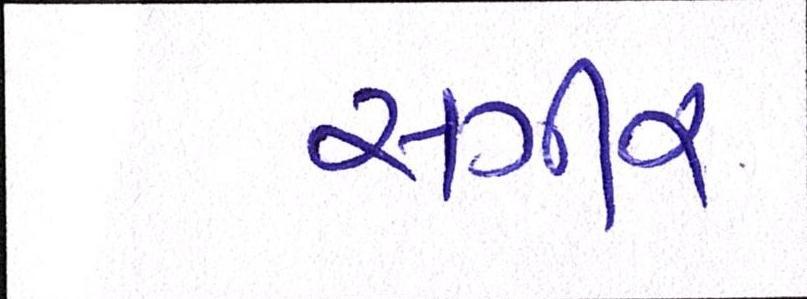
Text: સગીર